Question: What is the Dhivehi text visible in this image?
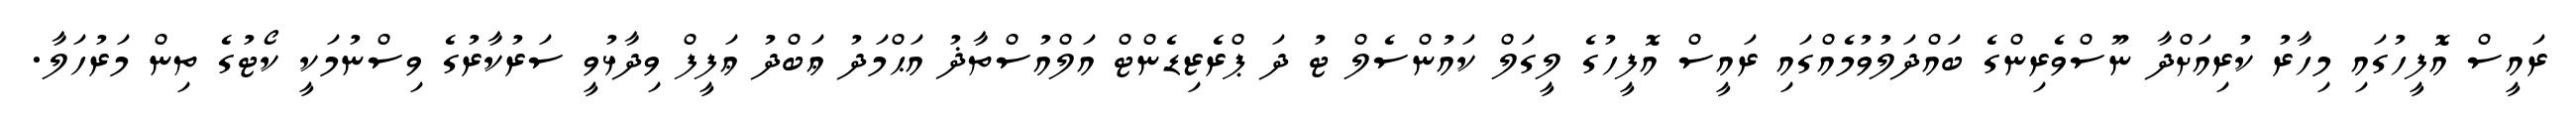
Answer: ރައީސް އޮފީހުގައި މިހާރު ކުރިއަށްދާ ނޫސްވެރިންގެ ބައްދަލުވުމެއްގައި ރައީސް އޮފީހުގެ ލީގަލް ކައުންސެލް ޓު ދަ ޕްރެޒިޑެންޓް އަލްއުސްތާޛު އަޙްމަދު ޢަބްދު ޢަފީފް ވިދާޅުވީ ސަރުކާރުގެ ވިސްނުމަކީ ކޯޓުގެ ތިން މަރުހަލާ.